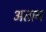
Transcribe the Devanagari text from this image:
अतान